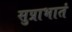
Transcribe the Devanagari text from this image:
सुप्राभातं